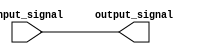
module buffer(
    input input_signal,
    output output_signal
);

assign output_signal = input_signal;

endmodule